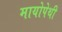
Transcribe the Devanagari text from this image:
मायोपेथी